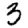
Digit: 3